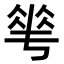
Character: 𬾵